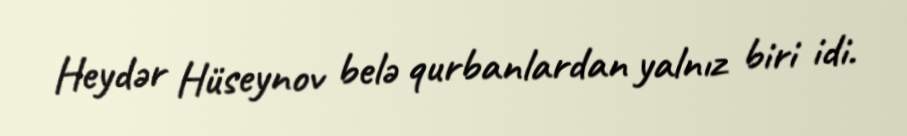
Heydər Hüseynov belə qurbanlardan yalnız biri idi.